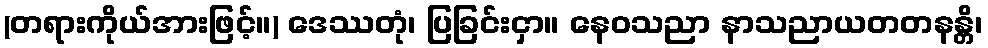
(တရားကိုယ်အားဖြင့်။) ဒေဿတုံ၊ ပြခြင်းငှာ။ နေဝသညာ နာသညာယတတနန္တိ၊